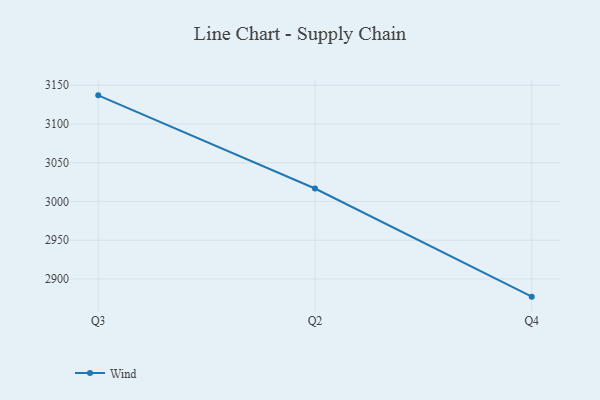
{"axis": {"x": "Quarter", "y": "Energy Usage (MWh)"}, "legend": ["Wind"], "data": [{"x": "Q3", "y": 3137.0, "type": "Wind"}, {"x": "Q2", "y": 3016.7, "type": "Wind"}, {"x": "Q4", "y": 2877.1, "type": "Wind"}]}